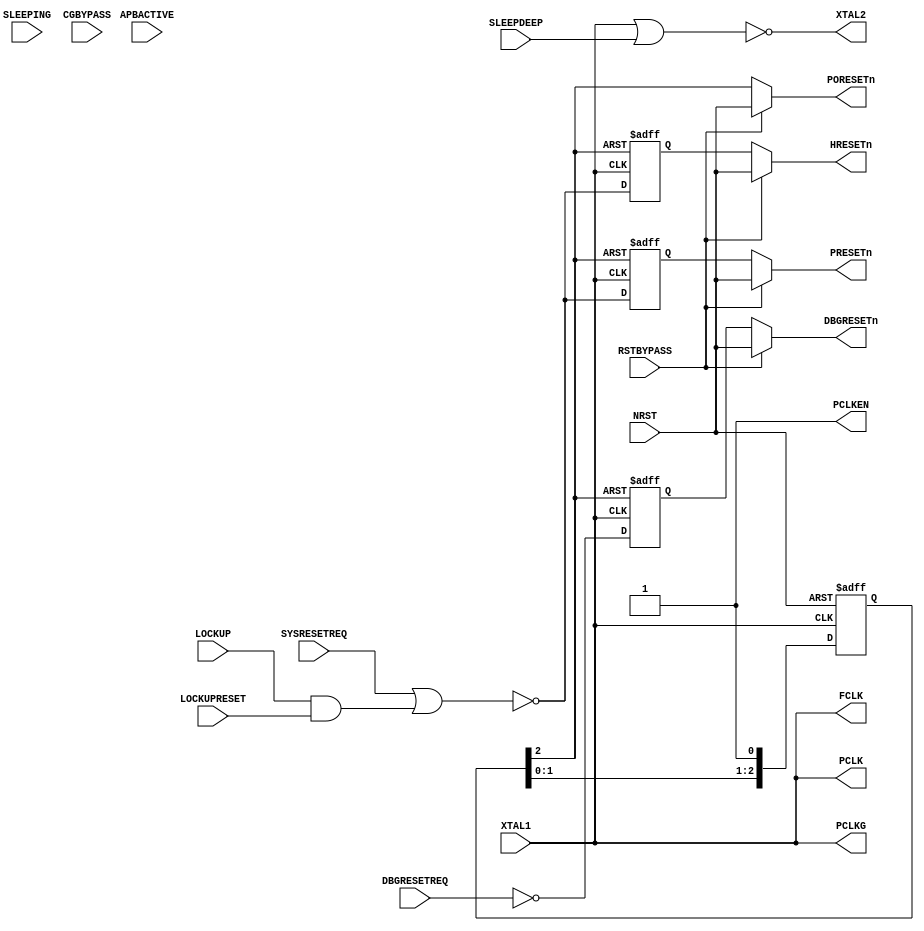
module cmsdk_mcu_clkctrl #(
  parameter CLKGATE_PRESENT = 0)
 (
  input  wire       XTAL1,       // Clock source
  input  wire       NRST,        // active low external reset

  input  wire       APBACTIVE,   // APB active status
  input  wire       SLEEPING,    // Sleep status
  input  wire       SLEEPDEEP,   // Deep Sleep status
  input  wire       SYSRESETREQ, // System reset request
  input  wire       DBGRESETREQ, // Debug reset request
  input  wire       LOCKUP,      // LOCKUP status
  input  wire       LOCKUPRESET, // Config - generation reset if locked up

  input  wire       CGBYPASS,    // Clock gating bypass
  input  wire       RSTBYPASS,   // Reset by pass

  output wire       XTAL2,       // Feedback for Crystal oscillator
  output wire       FCLK,        // Free running clock
  output wire       PCLK,        // Peripheral clock
  output wire       PCLKG,       // Gated PCLK for APB transfers
  output wire       PCLKEN,      // Clock divide control for AHB to APB bridge
  output wire       PORESETn,    // Power on reset
  output wire       DBGRESETn,   // Debug reset
  output wire       HRESETn,     // System and AHB reset
  output wire       PRESETn);    // Peripheral reset

  wire         clk;
  wire         reset_n;
  reg  [2:0]   reset_sync_reg;
  wire [2:0]   nxt_reset_sync;
  reg          hrst_reg;
  wire         nxt_hrst;
  reg          dbgrst_reg;
  reg          prst_reg;
  wire         nxt_prst;
  wire         i_pclken;
  wire         i_pclkgen;

  // Crystal oscillator inverter
  assign  XTAL2 =  (~(XTAL1 | SLEEPDEEP));

  // Clock source
  assign clk   = XTAL1;

  // Reset synchronizer
  assign nxt_reset_sync = {reset_sync_reg[1:0], 1'b1};

  always @(posedge clk or negedge NRST)
  begin
  if (~NRST)
    reset_sync_reg <= 3'b000;
  else
    reset_sync_reg <= nxt_reset_sync;
  end

  assign reset_n = reset_sync_reg[2];

  // AHB HRESETn
  assign nxt_hrst = ~(SYSRESETREQ | (LOCKUP & LOCKUPRESET));

  always @(posedge clk or negedge reset_n)
  begin
  if (~reset_n)
    hrst_reg <= 1'b0;
  else
    hrst_reg <= nxt_hrst;
  end

  // Debug Reset
  always @(posedge clk or negedge reset_n)
  begin
  if (~reset_n)
    dbgrst_reg <= 1'b0;
  else
    dbgrst_reg <= ~DBGRESETREQ;
  end

  // APB PRESETn
  assign nxt_prst = ~(SYSRESETREQ | (LOCKUP & LOCKUPRESET));

  always @(posedge clk or negedge reset_n)
  begin
  if (~reset_n)
    prst_reg <= 1'b0;
  else
    prst_reg <= nxt_prst;
  end

  generate if (CLKGATE_PRESENT == 0) begin : gen_no_clock_gating

  // No clock gating for PCLK
  assign i_pclken   = 1'b1;  // Currently PCLK = HCLK (for AHB to APB bridge)
  assign i_pclkgen  = 1'b1;  // Not used
  assign PCLK       = clk;   // Peripheral clock
  assign PCLKG      = clk;   // Peripheral clock for APB interface

  end else
  begin : gen_clock_gating
  // Clock gate is present.
  // Testing of divided PCLK is only possible when clock gating is available
  assign i_pclken   = 1'b1;  // PCLK = HCLK
  assign i_pclkgen  = i_pclken & APBACTIVE;

  // PCLK generation
  cmsdk_clock_gate
    #(.CLKGATE_PRESENT(CLKGATE_PRESENT))
    u_cmsdk_clock_gate_pclk(
    .CLK       (clk),
    .CLKENABLE (i_pclken),
    .DISABLEG  (CGBYPASS),
    .GATEDCLK  (PCLK));

  // Gated PCLK (PCLKG) generation
  cmsdk_clock_gate
    #(.CLKGATE_PRESENT(CLKGATE_PRESENT))
    u_cmsdk_clock_gate_pclkg(
    .CLK       (clk),
    .CLKENABLE (i_pclkgen),
    .DISABLEG  (CGBYPASS),
    .GATEDCLK  (PCLKG));

  end endgenerate

  // Connect to top level
  assign PORESETn = (RSTBYPASS) ? NRST : reset_n;
  assign HRESETn  = (RSTBYPASS) ? NRST : hrst_reg;
  assign DBGRESETn= (RSTBYPASS) ? NRST : dbgrst_reg;
  assign PRESETn  = (RSTBYPASS) ? NRST : prst_reg;
  assign FCLK     = clk;  // Free running clock
  assign PCLKEN   = i_pclken;

endmodule